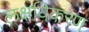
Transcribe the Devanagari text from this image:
लक्षयिकरण